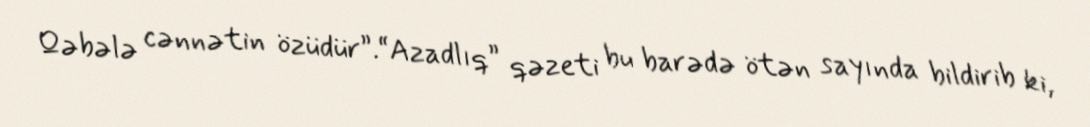
Qəbələ cənnətin özüdür”.“Azadlıq” qəzeti bu barədə ötən sayında bildirib ki,